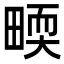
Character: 𤲬